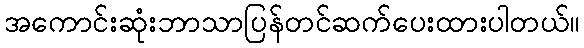
အကောင်းဆုံးဘာသာပြန်တင်ဆက်ပေးထားပါတယ်။